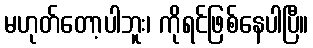
မဟုတ်တော့ပါဘူး၊ ကိုရင်ဖြစ်နေပါပြီ။